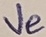
Text: Ve